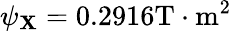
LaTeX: \psi_{\mathbf{X}}=0.2916\mathrm{{T}}\cdot\mathrm{{m}}^{2}